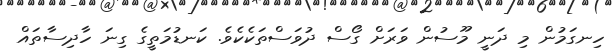
ހިނގަމުން މި ދަނީ މޫސުން ވަރަށް ގޯސް ދުވަސްތަކެކެވެ. ކަނޑުމަތީގެ ގިނަ ހާދިސާތައް